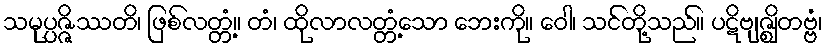
သမုပ္ပဇ္ဇိဿတိ၊ ဖြစ်လတ္တံ့။ တံ၊ ထိုလာလတ္တံ့သော ဘေးကို။ ဝေါ၊ သင်တို့သည်။ ပဋိဗျဇ္ဈိတဗ္ဗံ၊